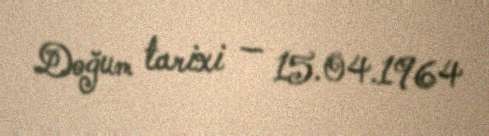
Doğum tarixi — 15.04.1964